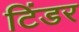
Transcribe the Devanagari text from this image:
टिंडर